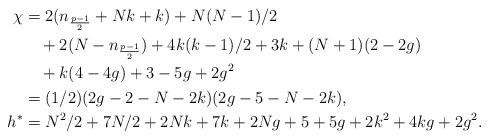
LaTeX: \begin{align*}\chi&=2(n_{\frac{p-1}{2}}+Nk+k)+N(N-1)/2\\&\quad+2(N-n_{\frac{p-1}{2}})+4k(k-1)/2+3k+(N+1)(2-2g)\\&\quad+k(4-4g)+3-5g+2g^2\\&=(1/2)(2g-2-N-2k)(2g-5-N-2k),\\h^*&=N^2/2+7N/2+2Nk+7k+2Ng+5+5g+2k^2+4kg+2g^2.\\\end{align*}